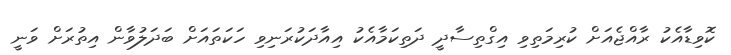
ކޮވިޑާއެކު ރާއްޖެއަށް ކުރިމަތިވި އިގްތިސާދީ ދަތިކަމާއެކު އިއާދަކުރަނިވި ހަކަތައަށް ބަދަލުވާން އިިތުރަށް ވަނީ